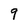
Character: 9